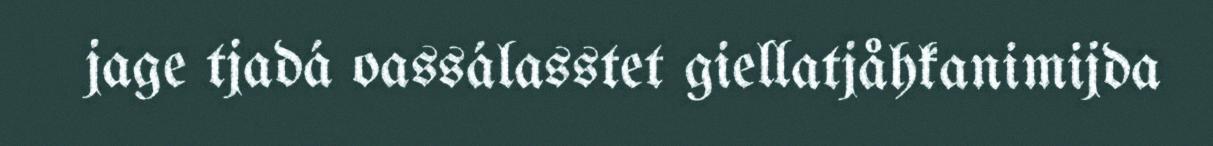
jage tjadá oassálasstet giellatjåhkanimijda